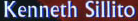
Kenneth Sillito